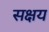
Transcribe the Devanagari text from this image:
सक्षय